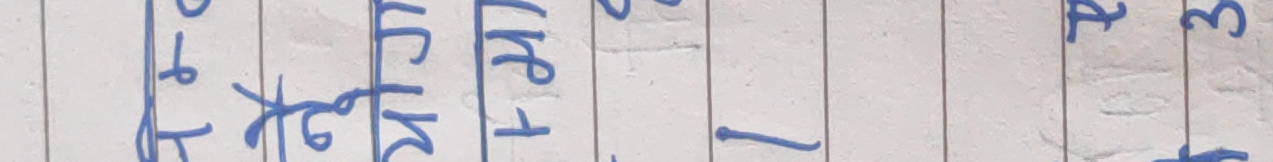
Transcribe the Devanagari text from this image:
तिन केले